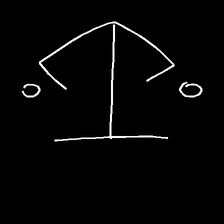
Glyph: earth